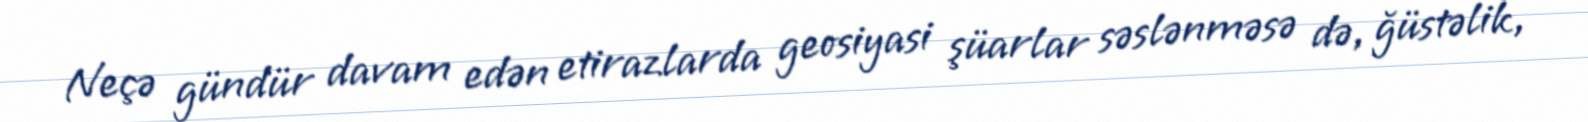
Neçə gündür davam edən etirazlarda geosiyasi şüarlar səslənməsə də, ğüstəlik,